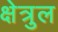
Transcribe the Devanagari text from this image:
क्षेत्रुल